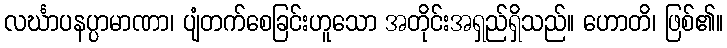
လင်္ဃာပနပ္ပာမာဏာ၊ ပျံတက်စေခြင်းဟူသော အတိုင်းအရှည်ရှိသည်။ ဟောတိ၊ ဖြစ်၏။